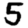
Digit: 5